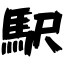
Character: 駅